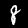
Label: 8